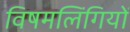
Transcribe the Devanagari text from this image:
विषमलिंगियों